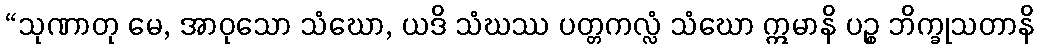
“သုဏာတု မေ, အာဝုသော သံဃော, ယဒိ သံဃဿ ပတ္တကလ္လံ သံဃော ဣမာနိ ပဉ္စ ဘိက္ခုသတာနိ